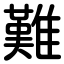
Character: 難